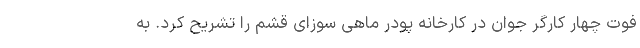
فوت چهار کارگر جوان در کارخانه پودر ماهی سوزای قشم را تشریح کرد. به